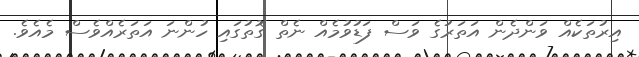
އިރުތަކެއް ވަންދެން އަތަރުގެ ވަސް ފަޑުވުމެއް ނެތް ގޮތުގައި ހުންނަ އަތަރެއްވެސް މެއެވެ.